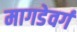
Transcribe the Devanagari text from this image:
मागडेवर्ग